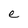
Character: e